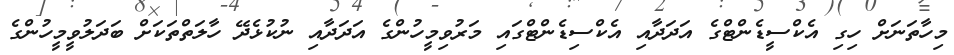
މިހާތަނަށް ހިގި އެކްސީޑެންޓްގެ އަދަދާއި އެކްސިޑެންޓްގައި މަރުވިމީހުންގެ އަދަދާއި ނުކުޅެދޭ ހާލަތްތަކަށް ބަދަލުވީމީހުންގެ